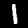
Label: 1